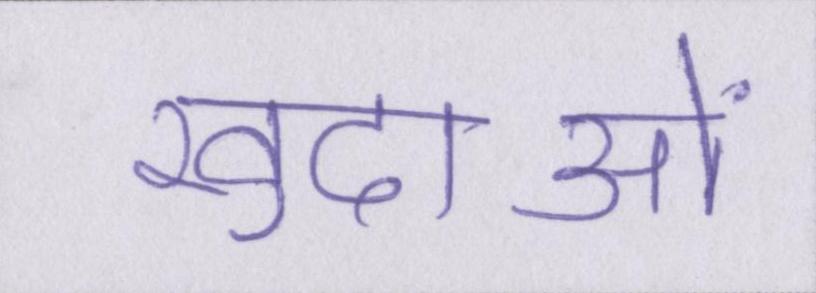
खुदाओं